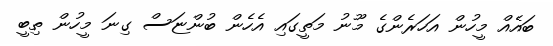
ބައެއް މީހުން އަހަރެންގެ މޫނު މަތީގައި އެހެން ބުންޏަސް ގިނަ މީހުން ތިބީ